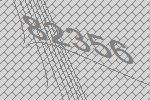
82356